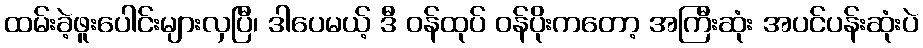
ထမ်းခဲ့ဖူးပေါင်းများလှပြီ၊ ဒါပေမယ့် ဒီ ဝန်ထုပ် ဝန်ပိုးကတော့ အကြီးဆုံး အပင်ပန်းဆုံးပဲ